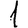
Digit: 1